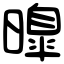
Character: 曍